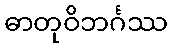
ဓာတုဝိဘင်္ဂဿ